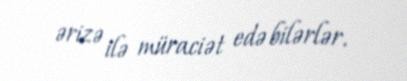
ərizə ilə müraciət edə bilərlər.